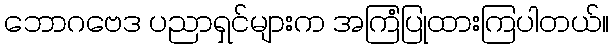
ဘောဂဗေဒ ပညာရှင်များက အကြံပြုထားကြပါတယ်။